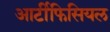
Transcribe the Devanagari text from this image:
आर्टीफिसियल